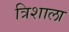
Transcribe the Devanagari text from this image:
त्रिशाला